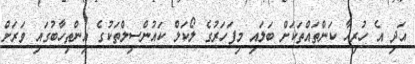
އަދި އެ ހުރިހާ ކަންތައްތަކަށް ބަލައި މިފަހަރުގެ ލޯކަލް ކައުންސިލްތަކުގެ އިންތިހާބުގައި ވަރަށް